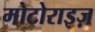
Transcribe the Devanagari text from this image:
मोटोराइज़